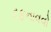
દફનાવવો